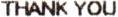
THANK YOU